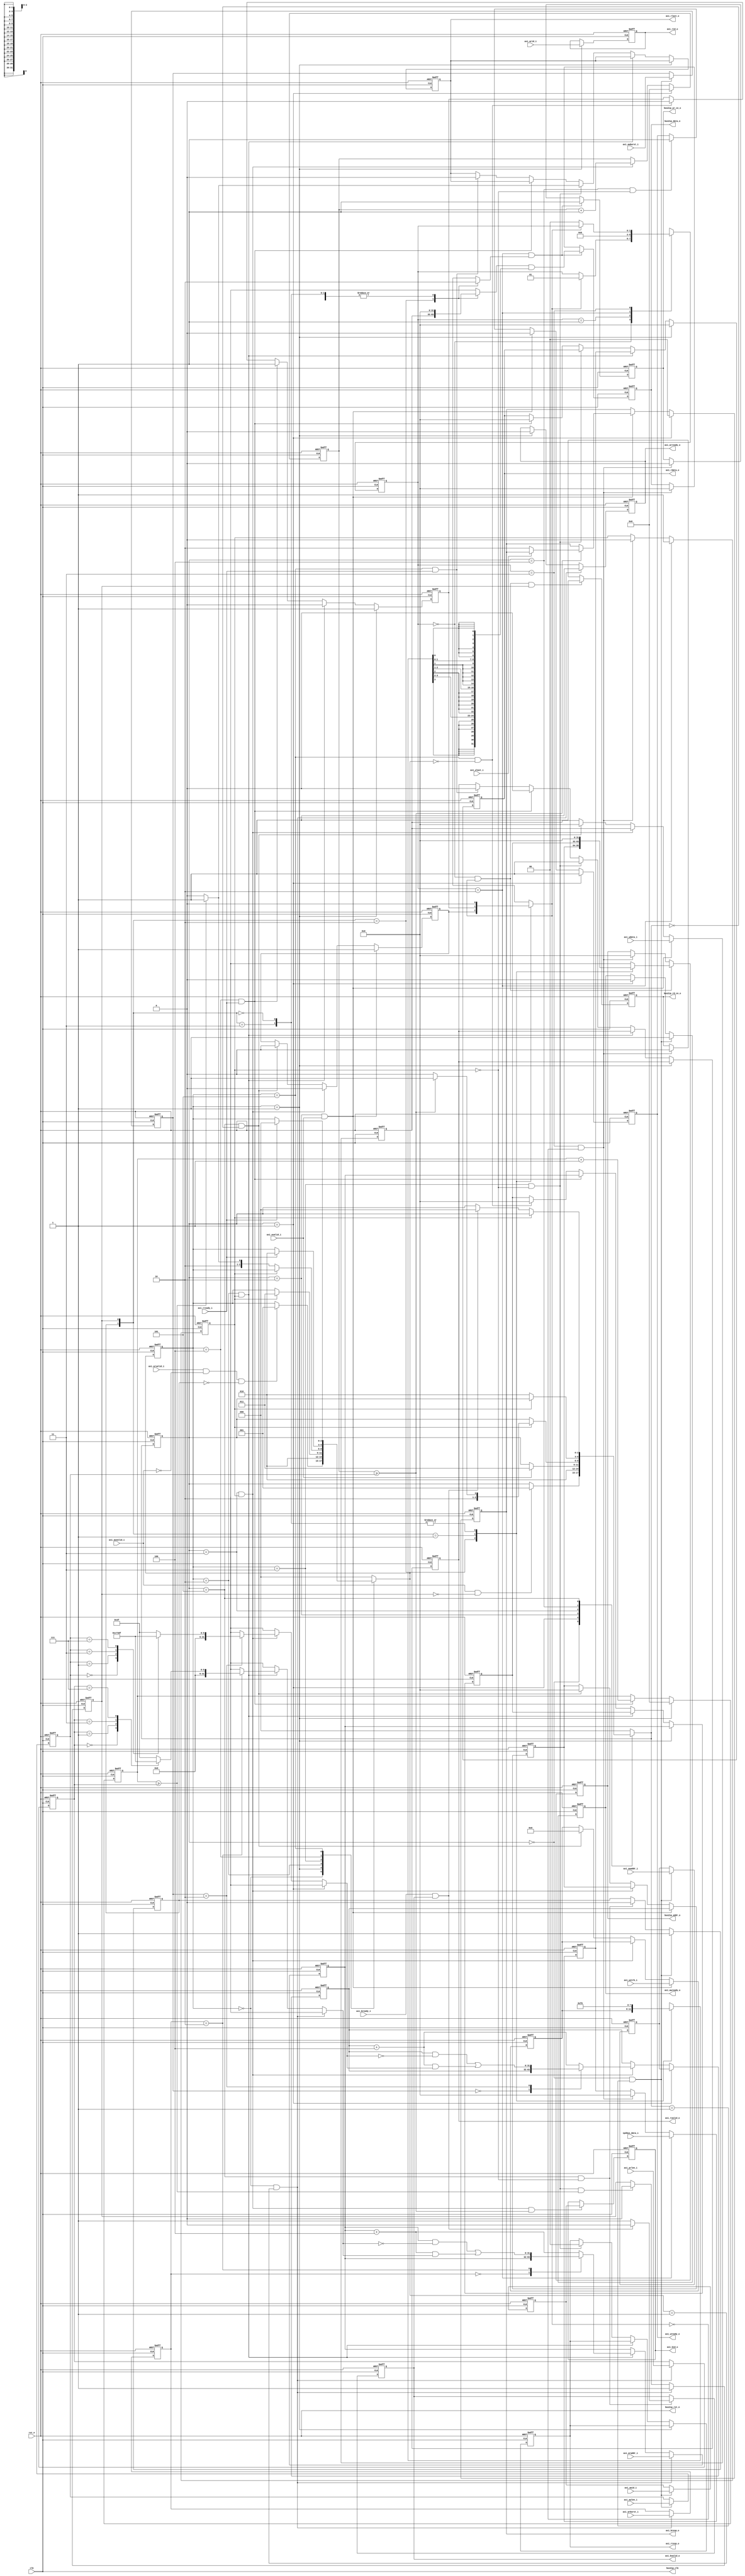
/*+
 * Copyright (c) 2022-2024 Zhengde
 * 
 * All rights reserved.
 * 
 * Redistribution and use in source and binary forms, with or without
 * modification, are permitted provided that the following conditions are met:
 * 
 * 1 Redistributions of source code must retain the above copyright notice, this
 *   list of conditions and the following disclaimer.
 * 
 * 2 Redistributions in binary form must reproduce the above copyright notice,
 *   this list of conditions and the following disclaimer in the documentation
 *   and/or other materials provided with the distribution.
 * 
 * 3 Neither the name of the copyright holder nor the names of its
 *   contributors may be used to endorse or promote products derived from
 *   this software without specific prior written permission.
 * 
 * THIS SOFTWARE IS PROVIDED BY THE COPYRIGHT HOLDERS AND CONTRIBUTORS "AS IS"
 * AND ANY EXPRESS OR IMPLIED WARRANTIES, INCLUDING, BUT NOT LIMITED TO, THE
 * IMPLIED WARRANTIES OF MERCHANTABILITY AND FITNESS FOR A PARTICULAR PURPOSE ARE
 * DISCLAIMED. IN NO EVENT SHALL THE COPYRIGHT HOLDER OR CONTRIBUTORS BE LIABLE
 * FOR ANY DIRECT, INDIRECT, INCIDENTAL, SPECIAL, EXEMPLARY, OR CONSEQUENTIAL
 * DAMAGES (INCLUDING, BUT NOT LIMITED TO, PROCUREMENT OF SUBSTITUTE GOODS OR
 * SERVICES; LOSS OF USE, DATA, OR PROFITS; OR BUSINESS INTERRUPTION) HOWEVER
 * CAUSED AND ON ANY THEORY OF LIABILITY, WHETHER IN CONTRACT, STRICT LIABILITY,
 * OR TORT (INCLUDING NEGLIGENCE OR OTHERWISE) ARISING IN ANY WAY OUT OF THE USE
 * OF THIS SOFTWARE, EVEN IF ADVISED OF THE POSSIBILITY OF SUCH DAMAGE.
-*/

/*+
 * AXI4 to IPBus conversion bridge
 * TODO: optimize state machine, improve throughput.
-*/

module axi4_ipbus_bridge
(
    input           clk             ,
    input           rst_n           ,

    // AXI4 interface
    input           axi_awvalid_i   ,
    input  [ 31:0]  axi_awaddr_i    ,
    input  [  3:0]  axi_awid_i      ,
    input  [  7:0]  axi_awlen_i     ,
    input  [  1:0]  axi_awburst_i   ,
    input           axi_wvalid_i    ,
    input  [ 31:0]  axi_wdata_i     ,
    input  [  3:0]  axi_wstrb_i     ,
    input           axi_wlast_i     ,
    input           axi_bready_i    ,
    input           axi_arvalid_i   ,
    input  [ 31:0]  axi_araddr_i    ,
    input  [  3:0]  axi_arid_i      ,
    input  [  7:0]  axi_arlen_i     ,
    input  [  1:0]  axi_arburst_i   ,
    input           axi_rready_i    ,

    output          axi_awready_o   ,
    output          axi_wready_o    ,
    output          axi_bvalid_o    ,
    output [  1:0]  axi_bresp_o     ,
    output [  3:0]  axi_bid_o       ,
    output          axi_arready_o   ,
    output          axi_rvalid_o    ,
    output [ 31:0]  axi_rdata_o     ,
    output [  1:0]  axi_rresp_o     ,
    output [  3:0]  axi_rid_o       ,
    output          axi_rlast_o     ,

    //standard ip access bus interface
    output          bus2ip_clk      ,
    output          bus2ip_rst_n    ,
    output [ 31:0]  bus2ip_addr_o   ,
    output [ 31:0]  bus2ip_data_o   ,
    output          bus2ip_rd_ce_o  ,  //active high
    output          bus2ip_wr_ce_o  ,  //active high
    input  [ 31:0]  ip2bus_data_i       
);

    reg          grant_write_q;
    reg          grant_read_q ;

    reg          req_r;
    reg          ack_q;
    reg  [31:0]  addr_r;
    reg          wr_r;
    reg  [31:0]  wdata_r;  
    reg  [31:0]  rdata_q; 
    reg  [ 3:0]  be_r;

    reg  [31:0]  t_waddr_q ;
    reg  [31:0]  t_wdata_q ;
    reg  [ 3:0]  t_wstrb_q ;
    reg          t_wen_q   ;

    reg  [31:0]  t_raddr_q ;
    wire [31:0]  t_rdata_w = rdata_q;
    wire [ 3:0]  t_rstrb_w = 4'hf;
    reg          t_ren_q   ;

    always @(*) begin
        case ({grant_write_q,grant_read_q})
            2'b10: 
            begin // write-case
                   req_r   = t_wen_q  ;
                   addr_r  = t_waddr_q;
                   wr_r    = 1'b1  ;
                   wdata_r = t_wdata_q; // WDATA (AXI)
                   be_r    = t_wstrb_q;
            end
            2'b01: 
            begin // read-case
                   req_r   = t_ren_q  ;
                   addr_r  = t_raddr_q;
                   wr_r    = 1'b0  ;
                   wdata_r = 32'h0 ;
                   be_r    = t_rstrb_w;
            end
            2'b00, 
            2'b11: 
            begin
                   req_r   = 1'b0  ;
                   addr_r  = 32'h0 ;
                   wr_r    = 1'b0  ;
                   wdata_r = 32'h0 ; 
                   be_r    = 4'b0  ;
            end
        endcase
    end

    //-----------------------------------------------------------------
    // AXI write case, write first
    // AXI write state machine
    //-----------------------------------------------------------------
    localparam STW_IDLE        = 3'h0,
               STW_RUN         = 3'h1,
               STW_WRITE0      = 3'h2,
               STW_WRITE1      = 3'h3,
               STW_WRITE       = 3'h4,
               STW_RSP         = 3'h5;

    reg  [ 31:0]  axi_awaddr_q ; 
    reg  [  3:0]  axi_awid_q   ; 
    reg  [  7:0]  axi_awlen_q  ; 
    reg  [  1:0]  axi_awburst_q; 
           
    reg           axi_awready_q; 
    reg           axi_wready_q ; 
    reg           axi_bvalid_q ; 
    reg  [  1:0]  axi_bresp_q  ; 
    reg  [  3:0]  axi_bid_q    ; 

    reg  [  7:0]  wbeat_q      ;
    reg  [  2:0]  wstate_q     ;
    reg  [  2:0]  next_wstate_r;

    always @(*) begin
        next_wstate_r = wstate_q;
    
        case (wstate_q)
            STW_IDLE :
            begin
                if (axi_awvalid_i == 1'b1 && grant_read_q == 1'b0)
                    next_wstate_r = STW_RUN;
            end    
            STW_RUN :
            begin
                next_wstate_r = STW_WRITE0;
            end
            STW_WRITE0 :
            begin
                if (axi_wvalid_i==1'b1) 
                    next_wstate_r = STW_WRITE1;
            end
            STW_WRITE1 :
            begin
                if (ack_q == 1'b1) 
                begin
                    if (wbeat_q >= axi_awlen_q)
                        next_wstate_r = STW_RSP;
                    else
                        next_wstate_r = STW_WRITE;
                end
            end
            STW_WRITE: 
            begin
                if (ack_q == 1'b0) 
                begin
                    next_wstate_r = STW_WRITE0;
                end
            end 
            STW_RSP: 
            begin
                if (ack_q == 1'b0) 
                begin
                    if (axi_bready_i == 1'b1 && axi_bvalid_q == 1'b1) 
                        next_wstate_r = STW_IDLE;
                end
            end 
            default: next_wstate_r = STW_IDLE;
        endcase
    end

    always @(posedge clk or negedge rst_n) begin
        if (!rst_n)
            wstate_q   <= STW_IDLE;
        else
            wstate_q   <= next_wstate_r;
    end

    always @(posedge clk or negedge rst_n) begin
        if (!rst_n)
            grant_write_q   <= 1'b0;
        else if (wstate_q == STW_IDLE && next_wstate_r == STW_RUN)
            grant_write_q   <= 1'b1;
        else if (wstate_q == STW_RSP && ack_q == 1'b0)
            grant_write_q   <= 1'b0;
    end

    always @(posedge clk or negedge rst_n) begin
        if (!rst_n)
            axi_awready_q   <= 1'b0;
        else if (wstate_q == STW_IDLE && next_wstate_r == STW_RUN)
            axi_awready_q   <= 1'b1;
        else if (wstate_q == STW_RUN)
            axi_awready_q   <= 1'b0;
    end

    always @(posedge clk or negedge rst_n) begin
        if (!rst_n)
            axi_wready_q   <= 1'b0;
        else if (wstate_q == STW_RUN)
            axi_wready_q   <= 1'b1;
        else if (wstate_q == STW_WRITE0 && axi_wvalid_i==1'b1)
            axi_wready_q   <= 1'b0;
        else if (wstate_q == STW_WRITE && ack_q==1'b0)
            axi_wready_q   <= 1'b1;
    end

    always @(posedge clk or negedge rst_n) begin
        if (!rst_n) begin
            axi_awaddr_q  <= 32'h0; 
            axi_awid_q    <= 4'h0; 
            axi_awlen_q   <= 8'h0; 
            axi_awburst_q <= 2'h0; 
        end
        else if (wstate_q == STW_IDLE && next_wstate_r == STW_RUN) begin
            axi_awaddr_q  <= axi_awaddr_i ; 
            axi_awid_q    <= axi_awid_i   ; 
            axi_awlen_q   <= axi_awlen_i  ; 
            axi_awburst_q <= axi_awburst_i; 
        end
    end

    reg  [31:0]  next_waddr_q ;

    always @(posedge clk or negedge rst_n) begin
        if (!rst_n) begin
            next_waddr_q   <= 32'h0;
            wbeat_q        <= 8'h0 ;
        end
        else if (wstate_q == STW_RUN) begin
            next_waddr_q   <= axi_awaddr_q;
            wbeat_q        <= 8'h0 ;
        end
        else if (wstate_q == STW_WRITE1 && ack_q == 1'b1) begin
            next_waddr_q   <= calculate_addr_next(next_waddr_q, axi_awburst_q, axi_awlen_q);
            wbeat_q        <= wbeat_q + 1;
        end
    end

    always @(posedge clk or negedge rst_n) begin
        if (!rst_n) begin
            t_waddr_q <= 32'h0;
            t_wdata_q <= 32'h0;
            t_wstrb_q <= 4'h0 ;
            t_wen_q   <= 1'b0 ;
        end
        else if (wstate_q == STW_WRITE0 && axi_wvalid_i==1'b1) begin
            t_waddr_q <= next_waddr_q;
            t_wdata_q <= axi_wdata_i;
            t_wstrb_q <= axi_wstrb_i;
            t_wen_q   <= 1'b1 ;
        end
        else if (wstate_q == STW_WRITE1 && ack_q == 1'b1) begin
            t_wen_q   <= 1'b0 ;
        end
        else if(wstate_q == STW_RSP && next_wstate_r == STW_IDLE) begin
            t_waddr_q <= 32'h0;
            t_wdata_q <= 32'h0;
            t_wstrb_q <= 4'h0 ;
            t_wen_q   <= 1'b0 ;
        end
    end

    always @(posedge clk or negedge rst_n) begin
        if (!rst_n) 
            axi_bid_q    <= 4'h0; 
        else if (wstate_q == STW_WRITE1 && ack_q == 1'b1 && wbeat_q >= axi_awlen_q) 
            axi_bid_q    <= axi_awid_q; 
    end

    always @(posedge clk or negedge rst_n) begin
        if (!rst_n) 
            axi_bresp_q  <= 2'b10;    // Slave Error 
        else if (wstate_q == STW_RUN) 
            axi_bresp_q  <= 2'b00;    // Okay 
        else if (wstate_q == STW_WRITE0 && axi_wvalid_i==1'b1) begin
            if (wbeat_q >= axi_awlen_q) begin
                if (axi_wlast_i == 1'b0)  axi_bresp_q  <= 2'b10;    // Slave Error - missing last
            end
        end
    end

    always @(posedge clk or negedge rst_n) begin
        if (!rst_n) 
            axi_bvalid_q <= 1'b0; 
        else if (wstate_q == STW_RSP && ack_q == 1'b0) begin
            if (axi_bready_i == 1'b1 && axi_bvalid_q == 1'b1)
                axi_bvalid_q <= 1'b0;
            else
                axi_bvalid_q <= 1'b1;
        end 
    end

    //AXI write outputs
    assign axi_awready_o   =  axi_awready_q ;
    assign axi_wready_o    =  axi_wready_q  ;
    assign axi_bvalid_o    =  axi_bvalid_q  ;
    assign axi_bresp_o     =  axi_bresp_q   ;
    assign axi_bid_o       =  axi_bid_q     ;


    //-----------------------------------------------------------------
    // AXI read case
    // AXI read state machine
    //-----------------------------------------------------------------
    localparam STR_IDLE    = 3'h0,
               STR_RUN     = 3'h1,
               STR_WAIT    = 3'h2,
               STR_READ0   = 3'h3,
               STR_READ1   = 3'h4,
               STR_END     = 3'h5;

    reg  [  7:0]  axi_arlen_q   ; 
    reg  [  1:0]  axi_arburst_q ; 

    reg           axi_arready_q ; 
    reg           axi_rvalid_q  ; 
    reg  [ 31:0]  axi_rdata_q   ; 
    reg  [  1:0]  axi_rresp_q   ; 
    reg  [  3:0]  axi_rid_q     ; 
    reg           axi_rlast_q   ; 

    reg  [  7:0]  rbeat_q       ;
    reg  [  2:0]  rstate_q      ;
    reg  [  2:0]  next_rstate_r ;

    always @(*) begin
        next_rstate_r = rstate_q;
    
        case (rstate_q)
            STR_IDLE :
            begin
                if (axi_arvalid_i == 1'b1 && axi_awvalid_i == 1'b0 && grant_write_q == 1'b0)
                    next_rstate_r = STR_RUN;
            end    
            STR_RUN :
            begin
                next_rstate_r = STR_WAIT;
            end
            STR_WAIT :
            begin
                if (ack_q == 1'b1)
                    next_rstate_r = STR_READ0;

            end
            STR_READ0 :
            begin
                if (ack_q == 1'b0) begin
                    if (rbeat_q >= axi_arlen_q)
                        next_rstate_r = STR_END;
                    else
                        next_rstate_r = STR_READ1;
                end
            end
            STR_READ1 :
            begin
                if (axi_rready_i == 1'b1)
                    next_rstate_r = STR_WAIT;
            end
            STR_END :
            begin
                if (axi_rready_i == 1'b1)
                    next_rstate_r = STR_IDLE;
            end
            default: next_rstate_r = STR_IDLE;
        endcase
    end

    always @(posedge clk or negedge rst_n) begin
        if (!rst_n)
            rstate_q   <= STR_IDLE;
        else
            rstate_q   <= next_rstate_r;
    end

    always @(posedge clk or negedge rst_n) begin
        if (!rst_n)
            grant_read_q   <= 1'b0;
        else if (rstate_q == STR_IDLE && next_rstate_r == STR_RUN)
            grant_read_q   <= 1'b1;
        else if (rstate_q == STR_READ0 && ack_q == 1'b0 && rbeat_q >= axi_arlen_q)
            grant_read_q   <= 1'b0;
    end

    always @(posedge clk or negedge rst_n) begin
        if (!rst_n)
            axi_arready_q   <= 1'b0;
        else if (rstate_q == STR_IDLE && next_rstate_r == STR_RUN)
            axi_arready_q   <= 1'b1;
        else if (rstate_q == STR_RUN)
            axi_arready_q   <= 1'b0;
    end

    always @(posedge clk or negedge rst_n) begin
        if (!rst_n) begin
            axi_arlen_q   <= 8'h0; 
            axi_arburst_q <= 2'h0; 
        end
        else if (rstate_q == STR_IDLE && next_rstate_r == STR_RUN) begin
            axi_arlen_q   <= axi_arlen_i  ; 
            axi_arburst_q <= axi_arburst_i; 
        end
    end

    reg  [31:0]  next_raddr_q ;

    always @(posedge clk or negedge rst_n) begin
        if (!rst_n) 
            next_raddr_q   <= 32'h0;
        else if (rstate_q == STR_IDLE && next_rstate_r == STR_RUN) 
            next_raddr_q   <= axi_araddr_i;
        else if (rstate_q == STR_WAIT && ack_q == 1'b1) 
            next_raddr_q   <= calculate_addr_next(next_raddr_q, axi_arburst_q, axi_arlen_q);
    end

    always @(posedge clk or negedge rst_n) begin
        if (!rst_n) 
            rbeat_q        <= 8'h0 ;
        else if (rstate_q == STR_RUN) 
            rbeat_q        <= 8'h0 ;
        else if (rstate_q == STR_READ1 && axi_rready_i == 1'b1) 
            rbeat_q        <= rbeat_q + 1;
    end

    always @(posedge clk or negedge rst_n) begin
        if (!rst_n) begin
            t_raddr_q <= 32'h0;
            t_ren_q   <= 1'b0;
        end
        else if (rstate_q == STR_RUN) begin
            t_raddr_q <= next_raddr_q;
            t_ren_q   <= 1'b1;
        end
        else if (rstate_q == STR_WAIT && ack_q == 1'b1) begin
            t_ren_q   <= 1'b0;
        end
        else if (rstate_q == STR_READ1 && axi_rready_i == 1'b1) begin
            t_raddr_q <= next_raddr_q;
            t_ren_q   <= 1'b1;
        end
        else if(rstate_q == STR_END && next_rstate_r == STR_IDLE) begin
            t_raddr_q <= 32'h0;
            t_ren_q   <= 1'b0;
        end
    end

    always @(posedge clk or negedge rst_n) begin
        if (!rst_n) begin
            axi_rvalid_q  <= 1'b0; 
            axi_rdata_q   <= 32'h0; 
            axi_rresp_q   <= 2'b01;  //Slave Error 
            axi_rid_q     <= 4'h0; 
            axi_rlast_q   <= 1'b0; 
        end
        else if (rstate_q == STR_RUN) begin
            axi_rdata_q   <= 32'h0; 
            axi_rid_q     <= axi_arid_i; 
        end
        else if (rstate_q == STR_WAIT && ack_q == 1'b1) begin
            axi_rdata_q   <= t_rdata_w; 
        end
        else if (rstate_q == STR_READ0 && ack_q == 1'b0) begin
            if (rbeat_q >= axi_arlen_q) begin
                axi_rvalid_q  <= 1'b1; 
                axi_rresp_q   <= 2'b0; 
                axi_rlast_q   <= 1'b1; 
            end else begin
                axi_rvalid_q  <= 1'b1; 
                axi_rresp_q   <= 2'b0; 
                axi_rlast_q   <= 1'b0; 
            end
        end
        else if (rstate_q == STR_READ1 && axi_rready_i == 1'b1) begin
            axi_rvalid_q  <= 1'b0; 
            axi_rdata_q   <= 32'h0; 
        end
        else if (rstate_q == STR_END && axi_rready_i == 1'b1) begin
            axi_rvalid_q  <= 1'b0; 
            axi_rlast_q   <= 1'b0; 
        end
    end

    //AXI read outputs
    assign axi_arready_o = axi_arready_q ; 
    assign axi_rvalid_o  = axi_rvalid_q  ; 
    assign axi_rdata_o   = axi_rdata_q   ; 
    assign axi_rresp_o   = axi_rresp_q   ; 
    assign axi_rid_o     = axi_rid_q     ; 
    assign axi_rlast_o   = axi_rlast_q   ; 


    //-----------------------------------------------------------------
    // IPBus read/write
    // IPBus state machine
    //-----------------------------------------------------------------
    localparam ST_IDLE  = 2'h0,
               ST_ADDR  = 2'h1,
               ST_WAIT  = 2'h2,
               ST_END   = 2'h3;

    reg  [  1:0]  pstate_q      ;
    reg  [  1:0]  next_pstate_r ;

    reg  [ 31:0]  bus2ip_addr_q ; 
    reg  [ 31:0]  bus2ip_data_q ; 
    reg           bus2ip_wr_ce_q; 

    always @(*) begin
        next_pstate_r = pstate_q;
    
        case (pstate_q)
            ST_IDLE :
            begin
                if (req_r == 1'b1)
                    next_pstate_r = ST_ADDR;
            end
            ST_ADDR :
            begin
                next_pstate_r = ST_WAIT;
            end
            ST_WAIT :
            begin
                next_pstate_r = ST_END; 
            end
            ST_END :
            begin
                if (req_r == 1'b0) 
                    next_pstate_r = ST_IDLE;
            end
        endcase
    end

    always @(posedge clk or negedge rst_n) begin
        if (!rst_n)
            pstate_q   <= ST_IDLE;
        else
            pstate_q   <= next_pstate_r;
    end

    //address
    always @(posedge clk or negedge rst_n) begin
        if (!rst_n)
            bus2ip_addr_q <= 32'h0;
        else if (pstate_q == ST_IDLE && req_r == 1'b1)
            bus2ip_addr_q <= addr_r;
        else if (pstate_q == ST_END && req_r == 1'b0)
            bus2ip_addr_q <= 32'h0;
    end

    //write data
    wire [31:0] pwdata_r;
    wire [31:0] wmask_w = {{8{be_r[3]}}, {8{be_r[2]}}, {8{be_r[1]}}, {8{be_r[0]}}};

    //FIXME: be_r = 4'hf should be mandatory or read related data firstly?
    //How to avoid confusion in bus2ip_rd_ce signal?
    assign pwdata_r = wdata_r & wmask_w;

    always @(posedge clk or negedge rst_n) begin
        if (!rst_n) begin
            bus2ip_data_q  <= 32'h0;
            bus2ip_wr_ce_q <= 1'b0;
        end
        else if (pstate_q == ST_WAIT && wr_r == 1'b1) begin
            bus2ip_data_q  <= pwdata_r;
            bus2ip_wr_ce_q <= 1'b1;
        end
        else if (pstate_q == ST_END && req_r == 1'b0) begin
            bus2ip_data_q  <= 32'h0;
            bus2ip_wr_ce_q <= 1'b0;
        end
    end

    //IPBus read enable 
    reg  bus2ip_rd_ce_q;

    always @(posedge clk or negedge rst_n) begin
        if (!rst_n)
            bus2ip_rd_ce_q <= 1'b0;
        else if (pstate_q == ST_IDLE && req_r == 1'b1 && grant_read_q == 1'b1)
            bus2ip_rd_ce_q <= 1'b1;
        else if (pstate_q == ST_END && req_r == 1'b0)
            bus2ip_rd_ce_q <= 1'b0;
    end

    //IPBus read data
    always @(posedge clk or negedge rst_n) begin
        if (!rst_n)
            rdata_q <= 32'h0;
        else if (pstate_q == ST_WAIT)
            rdata_q <= ip2bus_data_i;
        else if (pstate_q == ST_END && req_r == 1'b0)
            rdata_q <= 32'h0;
    end

    //acknowledge
    always @(posedge clk or negedge rst_n) begin
        if (!rst_n)
            ack_q <= 1'b0;
        else if (pstate_q == ST_WAIT)
            ack_q <= 1'b1;
        else if (pstate_q == ST_END && req_r == 1'b0)
            ack_q <= 1'b0;
    end

    //IPBus outputs
    assign bus2ip_clk     = clk;
    assign bus2ip_rst_n   = rst_n;
    assign bus2ip_addr_o  = bus2ip_addr_q ;
    assign bus2ip_data_o  = bus2ip_data_q ;
    assign bus2ip_rd_ce_o = bus2ip_rd_ce_q;            
    assign bus2ip_wr_ce_o = bus2ip_wr_ce_q;  

    //-------------------------------------------------------------
    // calculate_addr_next
    //-------------------------------------------------------------
    function [31:0] calculate_addr_next;
        input [31:0] addr;
        input [1:0]  axtype;
        input [7:0]  axlen;
    
        reg [31:0]   mask;
    begin
        mask = 0;
    
        case (axtype)
            2'd0: // AXI4_BURST_FIXED
            begin
                calculate_addr_next = addr;
            end
            2'd2: // AXI4_BURST_WRAP
            begin
                case (axlen)
                8'd0:      mask = 32'h03;
                8'd1:      mask = 32'h07;
                8'd3:      mask = 32'h0F;
                8'd7:      mask = 32'h1F;
                8'd15:     mask = 32'h3F;
                default:   mask = 32'h3F;
                endcase
    
                calculate_addr_next = (addr & ~mask) | ((addr + 4) & mask);
            end
            default: // AXI4_BURST_INCR
                calculate_addr_next = addr + 4;
        endcase
    end
    endfunction

endmodule